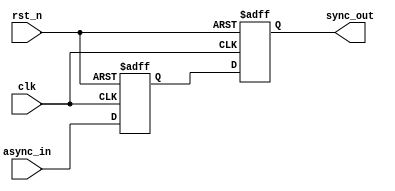
// syncn.v
/* * * * * * * * * * * * * * * * * * * * * * * * * * * * * * * * * * * * * * * *
*  Synchronizer - synchronous output from asynchronous input                   *
* * * * * * * * * * * * * * * * * * * * * * * * * * * * * * * * * * * * * * * */
`timescale 1 ns / 100 ps
module syncn (
input         clk,           // Clock
              rst_n,           // Reset
              async_in,      // Asynchronous Input
output        sync_out);     // Synchronized Output

//localparam    O=1'b0,l=1'b1; // onetickbeemyass
reg    [ 1:0] shift;         // Shift reg

always @(negedge clk or negedge rst_n)
  if (~rst_n) shift[0] <= 1;    // async reset
  else shift[0] <= async_in; // clocked: sync input
always @(posedge clk or negedge rst_n)
  if (~rst_n) shift[1] <= 1;    // async reset
  else shift[1] <= shift[0]; // shift left

assign sync_out = shift[1];  // Synchronized Output

endmodule